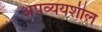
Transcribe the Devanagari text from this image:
अपव्ययशील